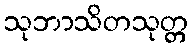
သုဘာသိတသုတ္တ